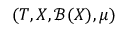
\left( T , X , { \mathcal { B } } ( X ) , \mu \right)